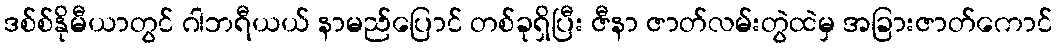
ဒစ်စ်နိုမီယာတွင် ဂါဘရီယယ် နာမည်ပြောင် တစ်ခုရှိပြီး ဇီနာ ဇာတ်လမ်းတွဲထဲမှ အခြားဇာတ်ကောင်